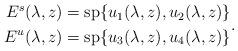
LaTeX: \begin{align*}\begin{aligned}E^s(\lambda,z)=\mathrm{sp}\{u_1(\lambda,z),u_2(\lambda,z) \}\\E^u(\lambda,z)=\mathrm{sp}\{u_3(\lambda,z),u_4(\lambda,z) \}\end{aligned}.\end{align*}